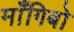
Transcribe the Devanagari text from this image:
माँगिबो